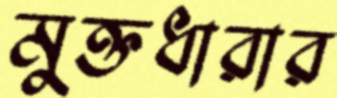
মুক্তধারার